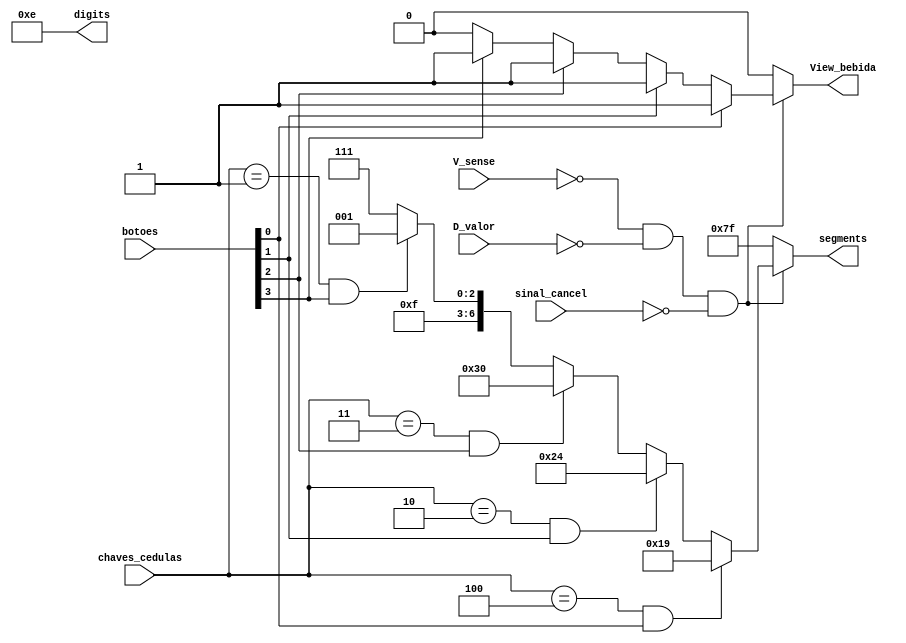
//Modulo utilizado para exibir no display a bebida escolhida pelo usuario

module Display_Bebida(
	input sinal_cancel,  //Sinal de cancelamento 
	input [3:0] botoes,  //Botoes para compra da bebida
	input [2:0] chaves_cedulas,  //Chaves para informar o valor inserido pelo usuario
	input V_sense,   //Variavel de verificaao dos sensores
	input D_valor,   //Variavel de verificacao de compra
	output [3:0] digits,   //Digitos e segmentos do display
	output [6:0] segments,
	output View_bebida  //Variavel que define que a beida deve ser exibida pelos digitos e segmentos do display
);

	assign digits = 4'b1110;   //Definiao do digito que devera exibir a bebida na CPLD

	assign segments = (V_sense == 0 && D_valor == 0 && sinal_cancel == 1'b0) ? (chaves_cedulas == 3'b100 && botoes[0]) ? 7'b0011001 :  //CAPPUCCINO
    (chaves_cedulas == 3'b010 && botoes[1]) ? 7'b0100100 :     //CAFE COM LEITE
    (chaves_cedulas == 3'b011 && botoes[2]) ? 7'b0110000 : 		//CHA DE CAMOMILA
    (chaves_cedulas == 3'b001 && botoes[3]) ? 7'b1111001 : 7'b1111111 : 7'b1111111;  //CAFE EXPRESSO

	assign View_bebida = (V_sense == 0 && D_valor == 0 && sinal_cancel == 1'b0) ? (botoes[0]) ? 1'b1 :
    (botoes[1]) ? 1'b1 :   
    (botoes[2]) ? 1'b1 :                            //DEFINICAO DA VARIAVEL QUE ENVIARA PARA CONTROLA DISPLAY A CONFIRMAAO DE QUE A BEBIDA DEVE SER EXIBIDA PELO DISPLAY
    (botoes[3]) ? 1'b1 : 1'b0 : 1'b0;

endmodule